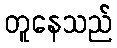
တူနေသည်